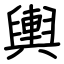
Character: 輿